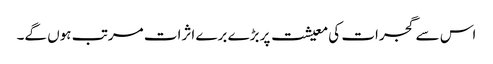
اس سے گجرات کی معیشت پر بڑے برے اثرات مرتب ہوں گے۔